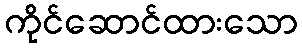
ကိုင်ဆောင်ထားသော